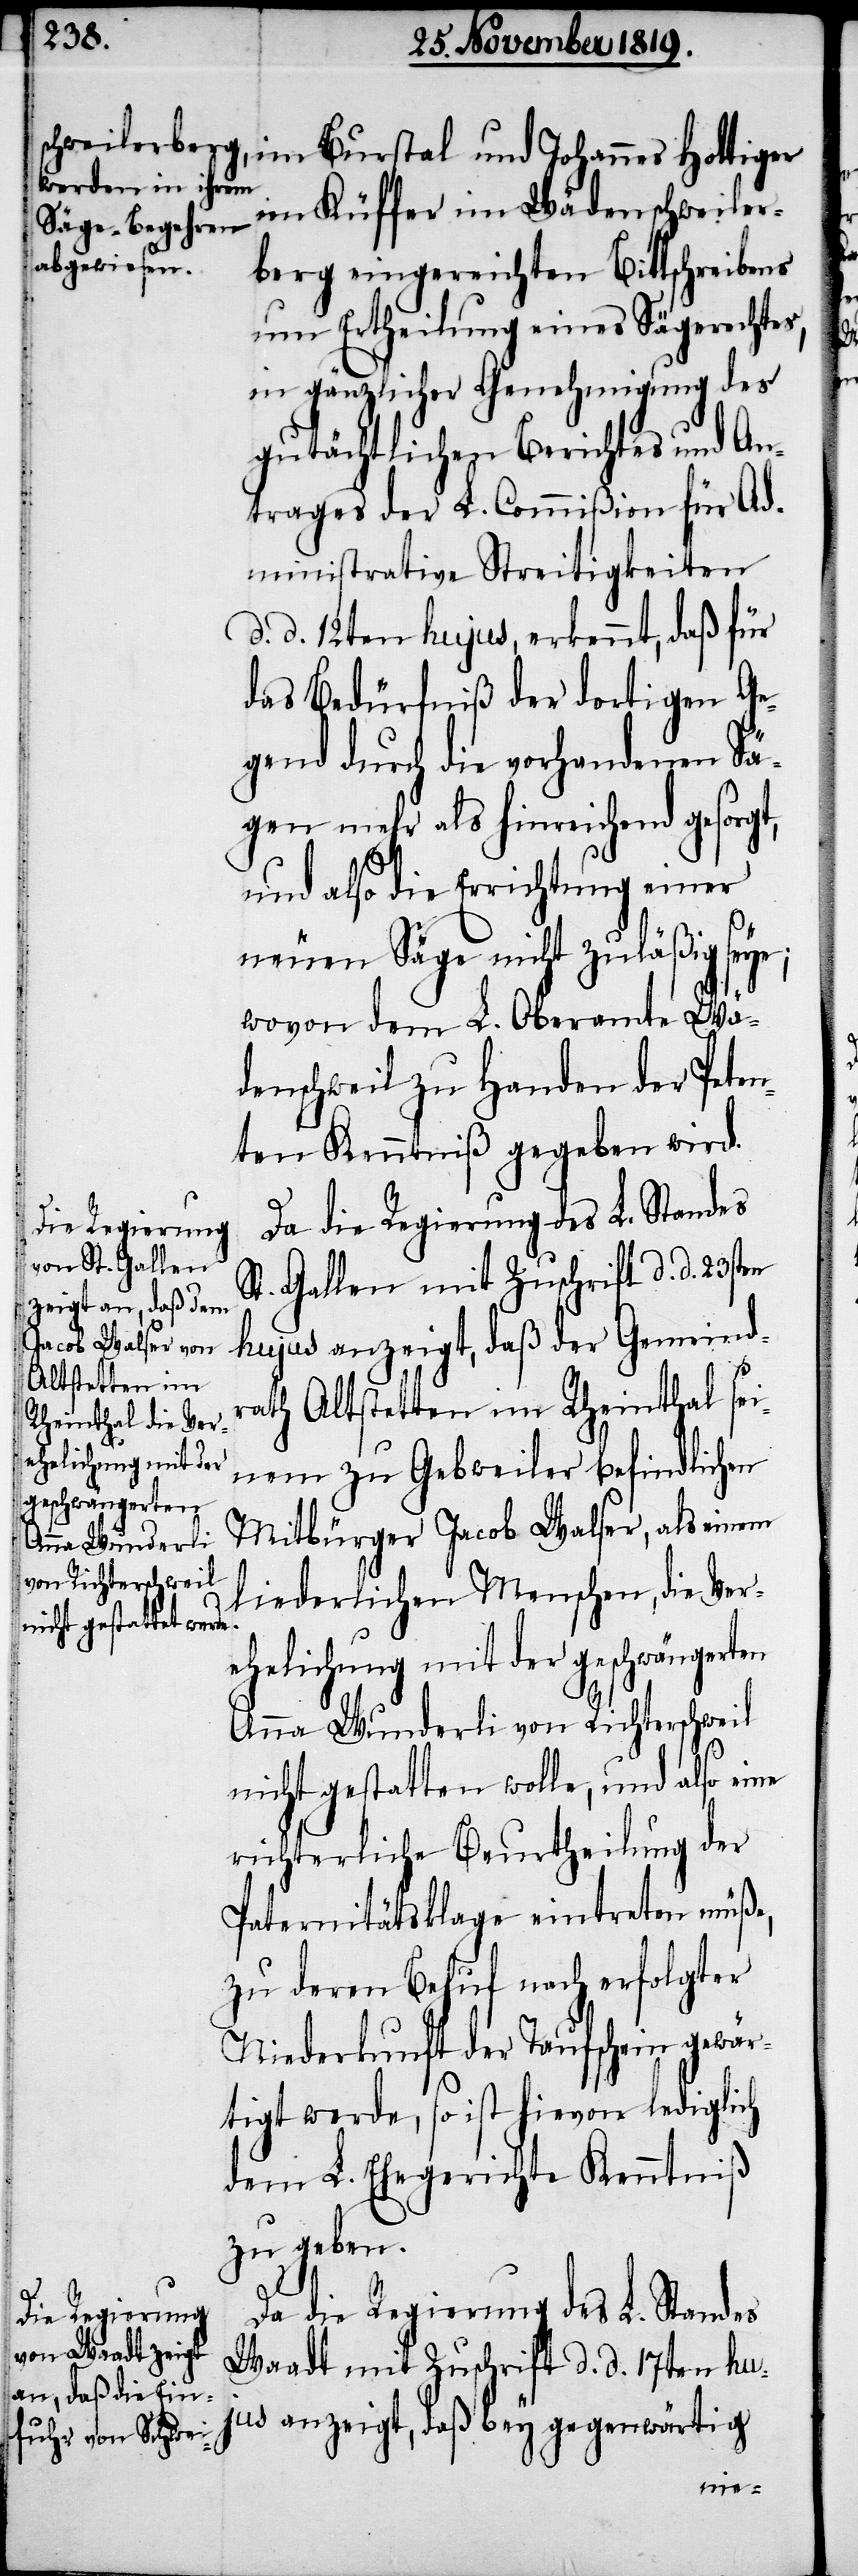
im Küffer im Wädenschweiler¬
berg eingereichten Bittschreibens
um Ertheilung eines Sägerechtes,
in gänzlicher Genehmigung des
gutächtlichen Berichtes und An¬
trages der L. Commißion für Ad¬
ministrative Streitigkeiten
d. d. 12ten hujus, erkennt, daß für
das Bedürfniß der dortigen Ge¬
gend durch die vorhandenen Sä¬
gen mehr als hinreichend gesorgt,
und also die Erichtung einer
neuen Säge nicht zuläßig seye;
wovon dem L. Oberamte Wä¬
denschweil zu Handen der Peten¬
ten Kenntniß gegeben wird.
Da die Regierung des L. Standes
St. Gallen mit Zuschrift d. d. 23sten
hujus anzeigt, daß der Gemeind¬
rath Altstetten im Rheinthal sei¬
nem zu Gebweiler befindlichen
Mitbürger Jacob Walser, als einem
liederlichen Menschen, die Ver¬
ehelichung mit der geschwängerten
Anna Wunderli von Richterschweil
nicht gestatten wolle, und also eine
richterliche Beurtheilung der
Paternitätsklage eintreten müße,
zu deren Behuf nach erfolgter
Niederkunft der Taufschein gewär¬
tigt werde, so ist hievon lediglich
dem L. Ehegerichte Kenntniß
zu geben.
Da die Regierung des L. Standes
Waadt mit Zuschrift d. d. 17ten hu¬
jus anzeigt, daß bey gegenwärtig